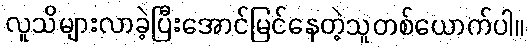
လူသိများလာခဲ့ပြီးအောင်မြင်နေတဲ့သူတစ်ယောက်ပါ။